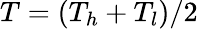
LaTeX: T=(T_{h}+T_{l})/2